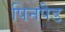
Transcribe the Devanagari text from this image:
पिनपैड